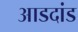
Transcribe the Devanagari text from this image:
आडदांड